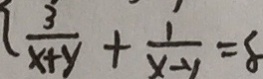
\frac { 3 } { x + y } + \frac { 1 } { x - y } = 8